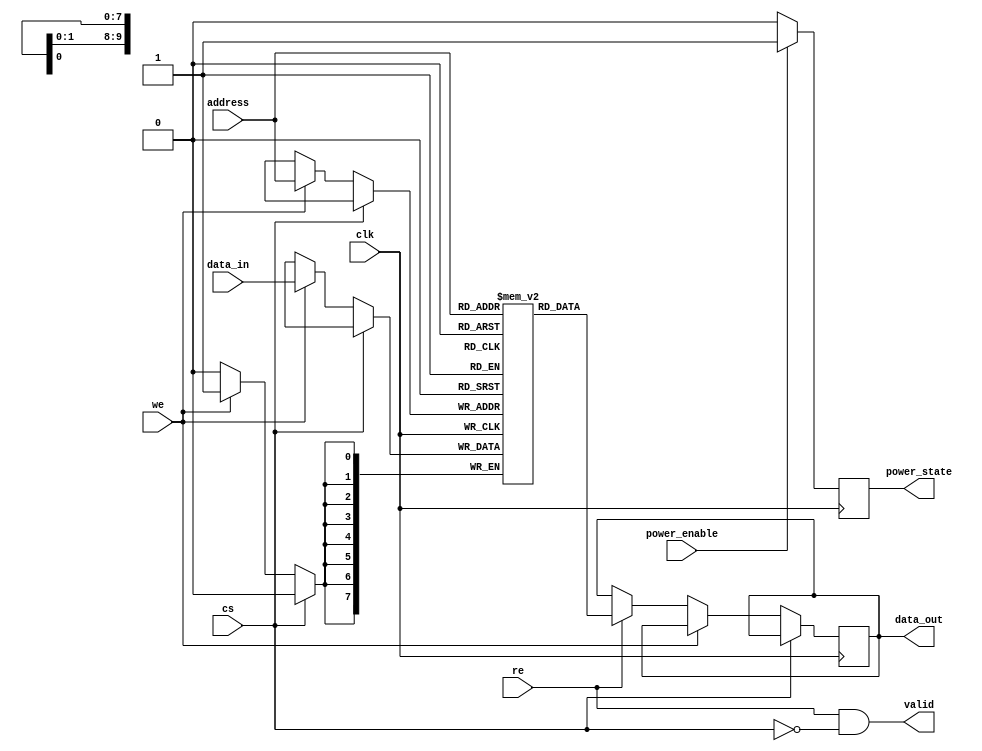
module mram_io_block (
    input wire clk,               // Clock signal
    input wire cs,                // Chip Select
    input wire we,                // Write Enable
    input wire re,                // Read Enable
    input wire [ADDRESS_WIDTH-1:0] address, // Address input
    input wire [DATA_WIDTH-1:0] data_in,    // Data input
    output wire [DATA_WIDTH-1:0] data_out,   // Data output
    output wire valid,            // Valid output signal
    input wire power_enable,      // Power management input
    output reg power_state        // Power state output
);

parameter ADDRESS_WIDTH = 10; // Adjust as per memory size
parameter DATA_WIDTH = 8;      // Adjust as per data width

// Internal Signals
reg [DATA_WIDTH-1:0] memory_array [(1 << ADDRESS_WIDTH)-1:0]; // MRAM memory array
reg [DATA_WIDTH-1:0] data_out_reg; // Register for data output

// Data Input/Output Buffers
always @(posedge clk) begin
    if (cs == 0) begin // Chip select active low
        if (we == 1) begin // Write operation
            memory_array[address] <= data_in; // Write data to memory
        end else if (re == 1) begin // Read operation
            data_out_reg <= memory_array[address]; // Read data from memory
        end
    end
end

// Assign output data
assign data_out = data_out_reg;
assign valid = (re && !cs); // Valid signal when reading

// Power Management Logic
always @(posedge clk) begin
    if (power_enable) begin
        power_state <= 1'b1; // Power on
    end else begin
        power_state <= 1'b0; // Power off
    end
end

// Address Decoding Logic (Example for 1-to-1 mapping)
wire [ADDRESS_WIDTH-1:0] decoded_address;
assign decoded_address = address; // Direct mapping in this example

// Timing Control: Synchronize control signals
reg we_sync, re_sync, cs_sync;
always @(posedge clk) begin
    we_sync <= we;
    re_sync <= re;
    cs_sync <= cs;
end

// Signal Integrity Features (Termination and Shielding can be handled in physical design)

// Testpoint for debugging (example)
`ifdef DEBUG
initial begin
    $monitor("Time: %0t | CS: %b | WE: %b | RE: %b | Address: %b | Data In: %b | Data Out: %b | Power: %b", 
             $time, cs, we, re, address, data_in, data_out, power_state);
end
`endif

endmodule